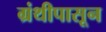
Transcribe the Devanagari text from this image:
ग्रंथीपासून